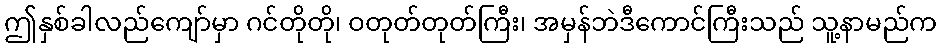
ဤနှစ်ခါလည်ကျော်မှာ ဂင်တိုတို၊ ဝတုတ်တုတ်ကြီး၊ အမှန်ဘဲဒီကောင်ကြီးသည် သူ့နာမည်က